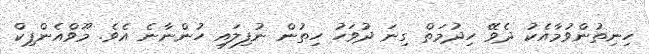
ހިނިތުންވުމާއެކު ދެވޭ ހިދުމަތް ގިނަ ދުވަހު ހިތުން ނުފިލައި ހުންނާނެ އެވެ. މޫވްއެންޕިކް